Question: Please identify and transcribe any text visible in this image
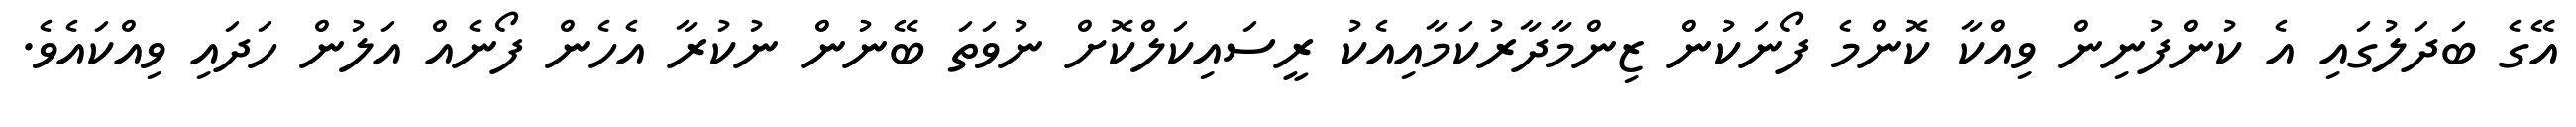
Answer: އޭގެ ބަދަލުގައި އެ ކުންފުނިން ވިއްކާ ކޮންމެ ފޯނަކުން ޒިންމާދާރުކަމާއިއެކު ރީސައިކަލްކޮށް ނުވަތަ ބޭނުން ނުކުރާ އެހެން ފޯނެއް އަލުން ހަދައި ވިއްކައެވެ.